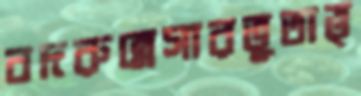
বদরুন্নেসারভূতাত্ত্